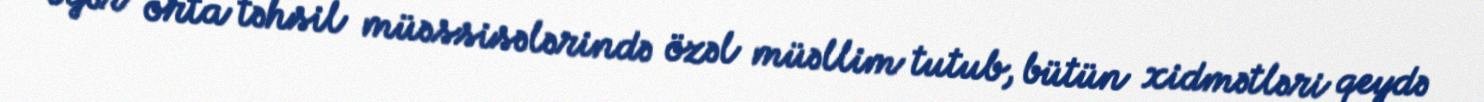
Əgər orta təhsil müəssisələrində özəl müəllim tutub, bütün xidmətləri qeydə